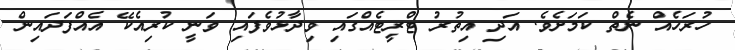
ހުރަހެއް ނެތް ކަމަށެވެ. އަދި އިތުރު ޓްރީޓެއްގައި ވިދާޅުވެފައި ވަނީ ކުރިއެކޭ އެއްފަދައިން